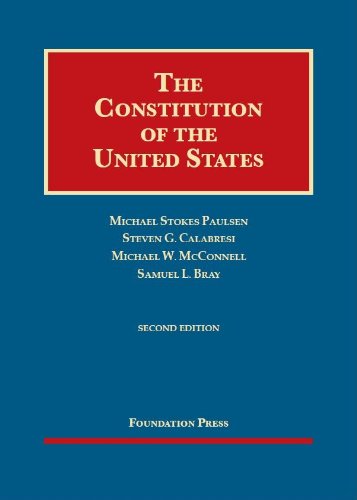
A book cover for The Constitution of the United States (University Casebook Series); Michael Paulsen; Law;